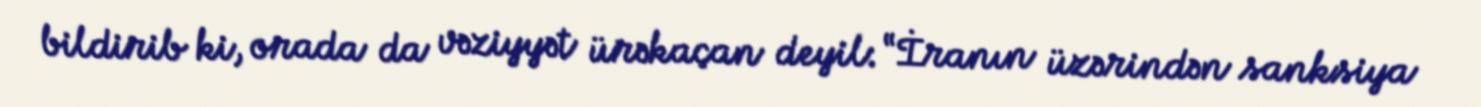
bildirib ki, orada da vəziyyət ürəkaçan deyil: “İranın üzərindən sanksiya